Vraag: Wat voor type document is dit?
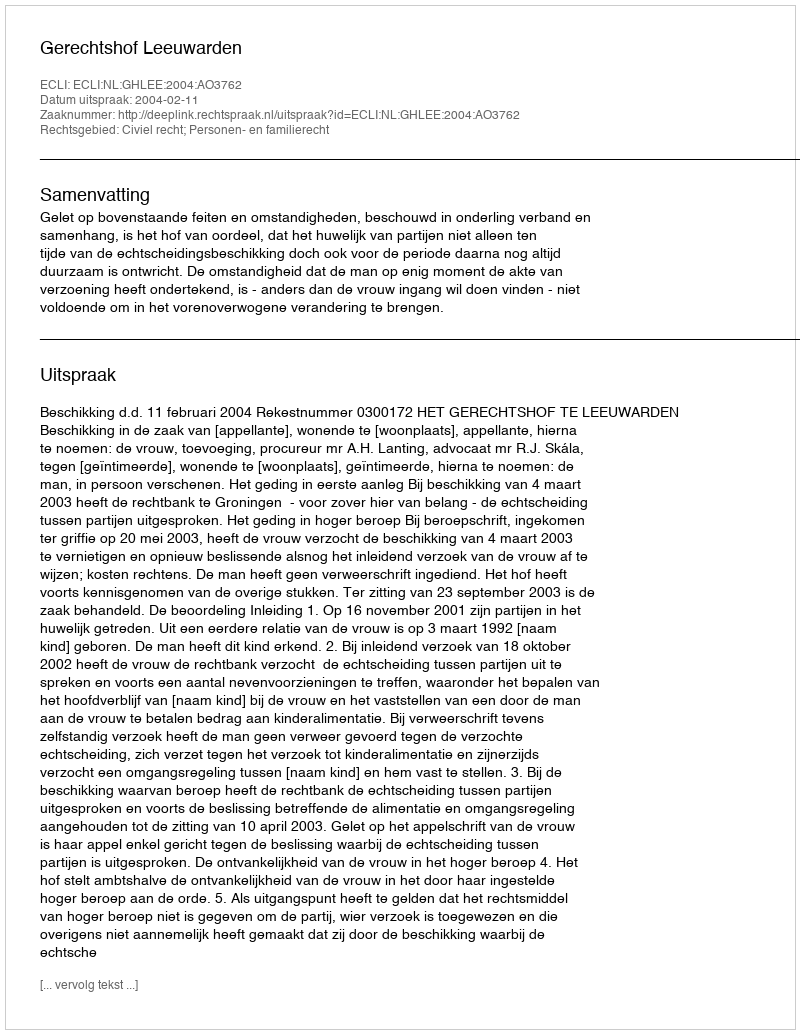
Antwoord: Uitspraak